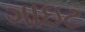
ગાઇટ